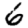
Digit: 6